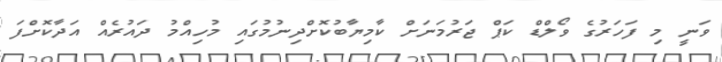
ވަނީ މި ފަހަރުގެ ވޯލްޑް ކަޕް ޖަރުމަނަށް ކާމިޔާބުކޮށްދިނުމުގައި މުހިއްމު ދައުރެއް އަދާކޮށްފަ